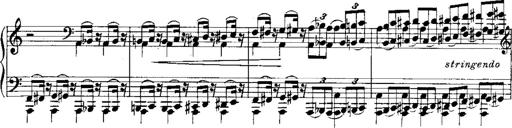
Title: RÃ©miniscences de Norma de Bellini
Composer: Franz Liszt